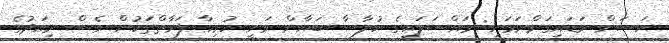
ހަސަން ވަޑައިގަންނަވަނީ: މައްސަލައިގެ ހުލާސާ ބަޔާން ވަނީ ހުރިހާ ފަރާތްތަކުން ވެސް މިއަދުގެ